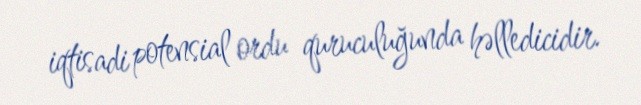
iqtisadi potensial ordu quruculuğunda həlledicidir.